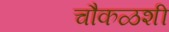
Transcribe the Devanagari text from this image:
चौकळशी